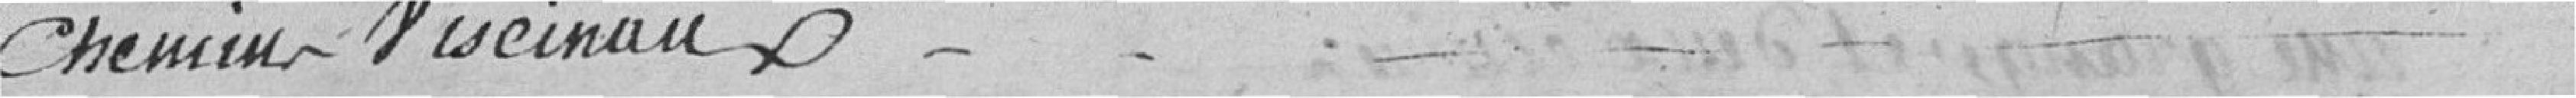
chemin vicinaux